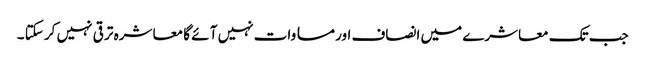
جب تک معاشرے میں انصاف اور مسا وات نہیں آ ئے گا معا شرہ تر قی نہیں کر سکتا ۔